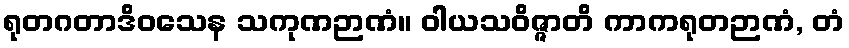
ရုတဂတာဒိဝသေန သကုဏဉာဏံ။ ဝါယသဝိဇ္ဇာတိ ကာကရုတဉာဏံ, တံ